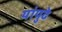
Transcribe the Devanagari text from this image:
यांपुढे